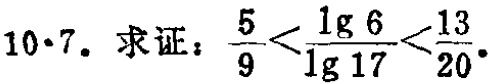
10·7. 求证：\(\frac{5}{9}<\frac{\lg 6}{\lg 17}<\frac{13}{20}\)